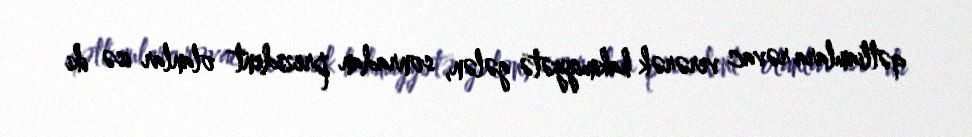
qətliamlara rəvac verərək hakimiyyətə gələn, sonradan prezident olanlar isə iki